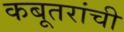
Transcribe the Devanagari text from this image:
कबूतरांची